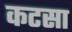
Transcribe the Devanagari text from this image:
कटसा